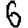
Digit: 6